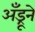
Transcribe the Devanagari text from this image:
अँड्रूने